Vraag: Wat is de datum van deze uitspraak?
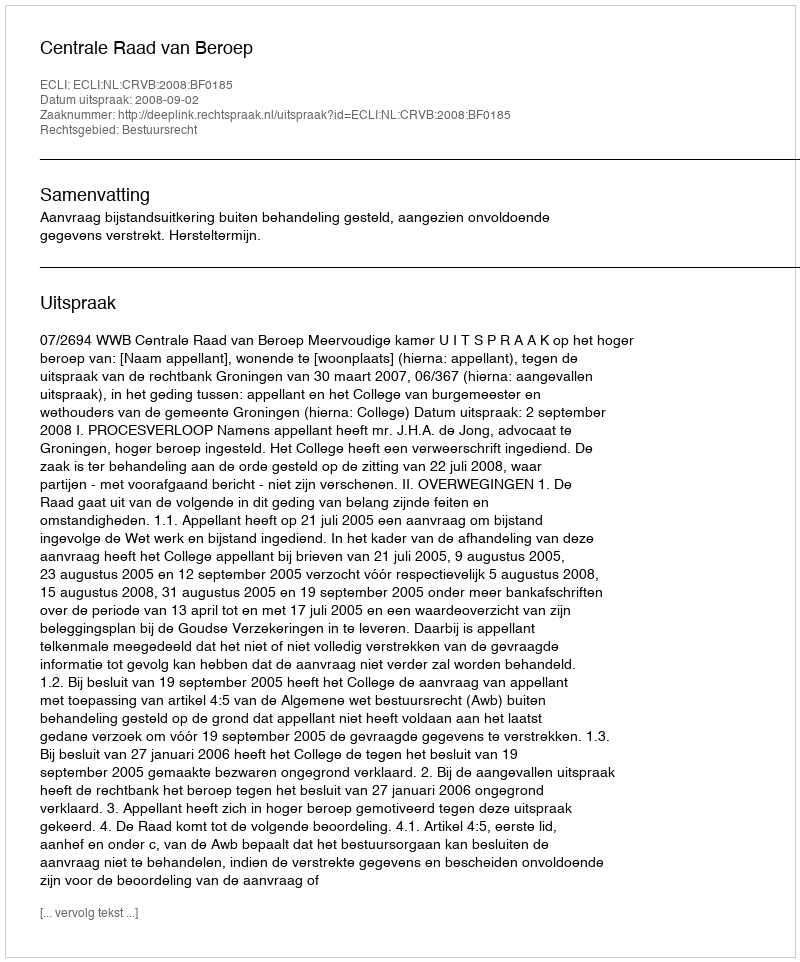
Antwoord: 2008-09-02